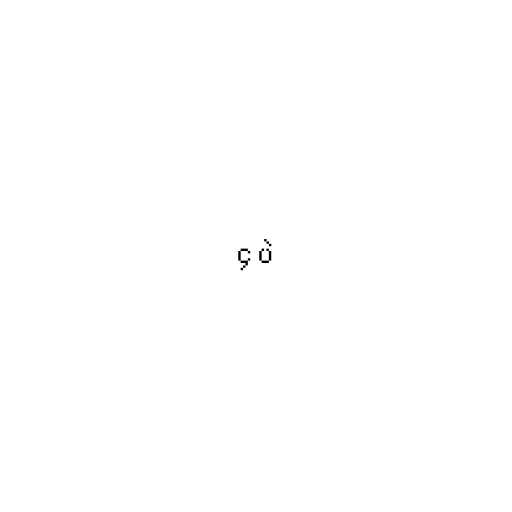
၄ ပဲ